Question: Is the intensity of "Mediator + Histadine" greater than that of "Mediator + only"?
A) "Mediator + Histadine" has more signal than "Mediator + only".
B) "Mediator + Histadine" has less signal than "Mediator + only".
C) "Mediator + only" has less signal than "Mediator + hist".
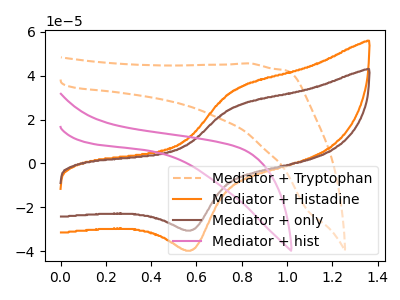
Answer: <think>The orange dashed curve "Mediator + Tryptophan" has no peaks. The orange curve "Mediator + Histadine" has an anodic peak at (0.75V, 33.30uA) and a cathodic peak at (0.60V, -39.45uA). The brown curve "Mediator + only" has an anodic peak at (0.75V, 25.65uA) and a cathodic peak at (0.60V, -30.35uA). The pink curve "Mediator + hist" has no peaks.
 All the peaks in "Mediator + Histadine" have a peak in "Mediator + only" at the same potential. Every peak in "Mediator + Histadine" is higher than every peak in "Mediator + only".</think>
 <answer>A) "Mediator + Histadine" has more signal than "Mediator + only".</answer>
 <eval>A</eval>